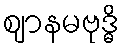
ဈာနမဗုဒ္ဓိ